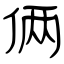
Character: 俩